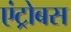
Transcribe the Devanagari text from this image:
एंट्रोबस